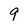
Character: 9